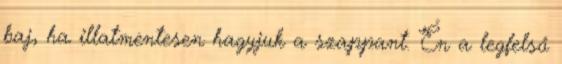
baj, ha illatmentesen hagyjuk a szappant. Én a legfelső